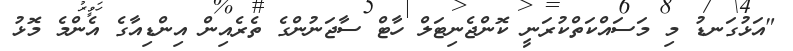
"އަޅުގަނޑު މި މަސައްކަތްކުރަނީ ކޮންޖެނިޓަލް ހާޓް ސާޖަނުންގެ ތެރެއިން އިންޑިއާގެ އެންމެ މޮޅު